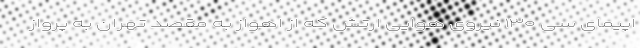
اپیمای سی ۱۳۰ نیروی هوایی ارتش که از اهواز به مقصد تهران به پرواز